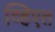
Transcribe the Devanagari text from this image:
व्हिएत